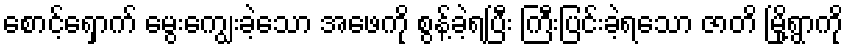
စောင့်ရှောက် မွေးကျွေးခဲ့သော အဖေကို စွန့်ခဲ့ရပြီး ကြီးပြင်းခဲ့ရသော ဇာတိ မြို့ရွာကို